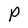
Character: P